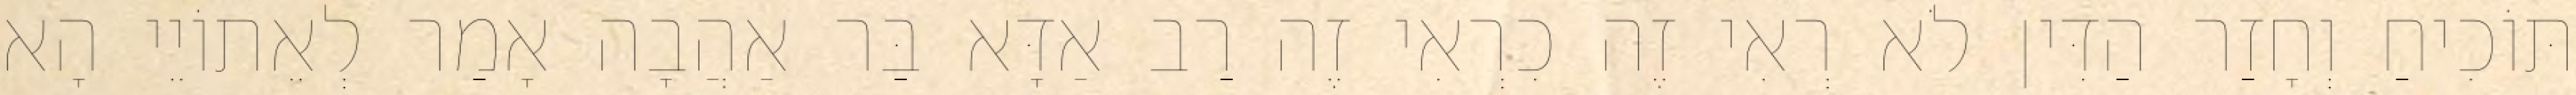
תּוֹכִיחַ וְחָזַר הַדִּין לֹא רְאִי זֶה כִרְאִי זֶה רַב אַדָּא בַּר אַהֲבָה אָמַר לְאֵתוֹיֵי הָא